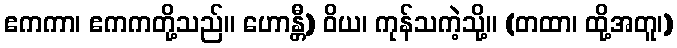
ဧကကာ၊ ဧကကတို့သည်။ ဟောန္တီ) ဝိယ၊ ကုန်သကဲ့သို့။ (တထာ၊ ထို့အတူ၊)